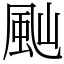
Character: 𩖞